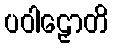
ပဝါဠှောတိ